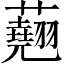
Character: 𧄍